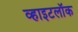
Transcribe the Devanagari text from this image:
व्हाइटलॉक